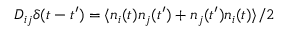
D _ { i j } \delta ( t - t ^ { \prime } ) = \langle n _ { i } ( t ) n _ { j } ( t ^ { \prime } ) + n _ { j } ( t ^ { \prime } ) n _ { i } ( t ) \rangle / 2